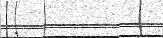
: